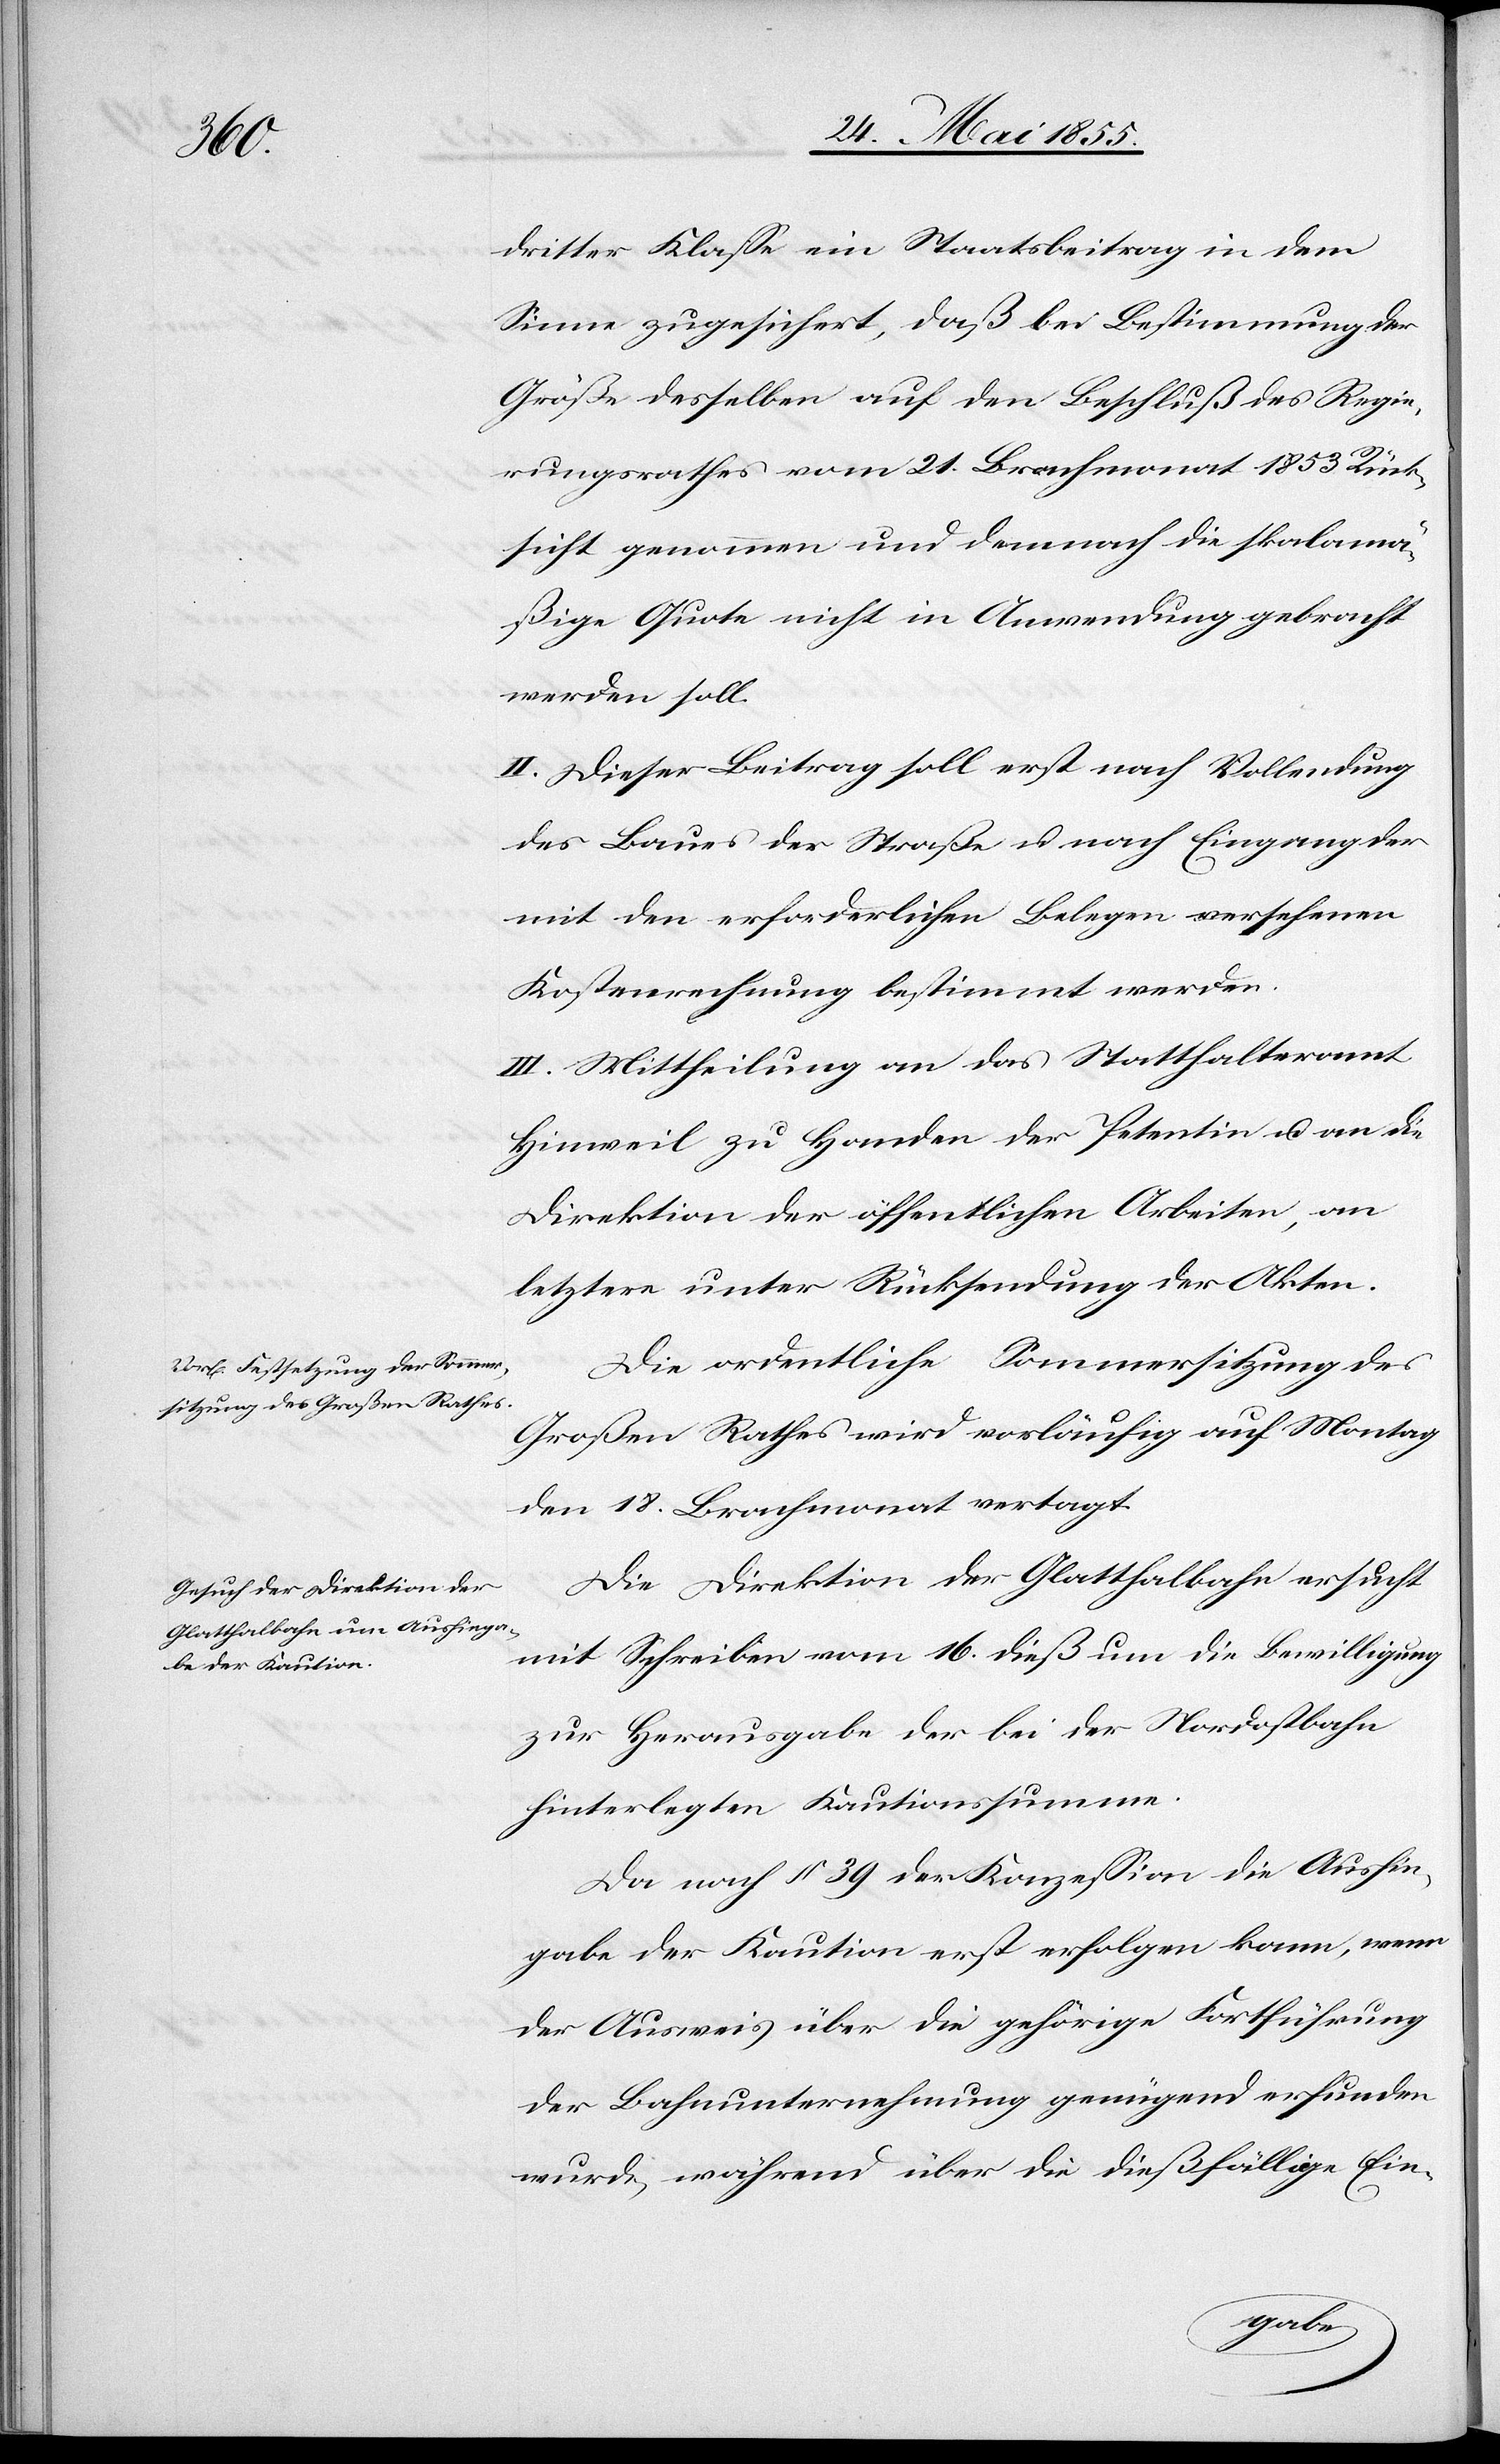
dritter Klasse ein Staatsbeitrag in dem
Sinne zugesichert, daß bei Bestimmung der
Größe desselben auf den Beschluß des Regie¬
rungsrathes vom 21. Brachmonat 1853 Rück¬
sicht genommen und demnach die skalamä¬
ßige Quote nicht in Anwendung gebracht
werden soll.
II. Dieser Beitrag soll erst nach Vollendung
des Baues der Straße u. nach Eingang der
mit den erforderlichen Belegen versehenen
Kostenrechnung bestimmt werden.
III. Mittheilung an das Statthalteramt
Hinweil zu Handen der Petentin u. an die
Direktion der öffentlichen Arbeiten, an
letztere unter Rücksendung der Akten.
Die ordentliche Sommersitzung des
Großen Rathes wird vorläufig auf Montag
den 18. Brachmonat vertagt.
Die Direktion der Glatthalbahn ersucht
mit Schreiben vom 16. dieß um die Bewilligung
zur Herausgabe der bei der Nordostbahn
hinterlegten Kautionssumme.
Da nach § 39 der Konzession die Aushin¬
gabe der Kaution erst erfolgen kann, wenn
der Ausweis über die gehörige Fortführung
der Bahnunternehmung genügend erfunden
wurde, während über die dießfällige Ein-